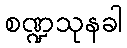
စဏ္ဍသုနခါ